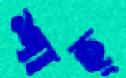
শাহ্